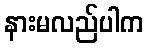
နားမလည်ပါက